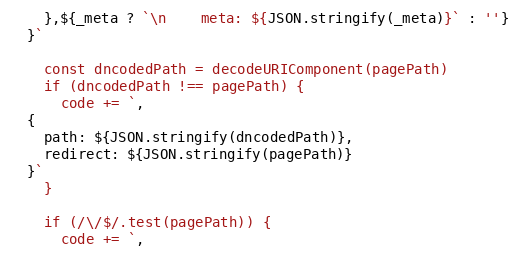
Language: JavaScript
    },${_meta ? `\n    meta: ${JSON.stringify(_meta)}` : ''}
  }`

    const dncodedPath = decodeURIComponent(pagePath)
    if (dncodedPath !== pagePath) {
      code += `,
  {
    path: ${JSON.stringify(dncodedPath)},
    redirect: ${JSON.stringify(pagePath)}
  }`
    }

    if (/\/$/.test(pagePath)) {
      code += `,